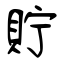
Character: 貯